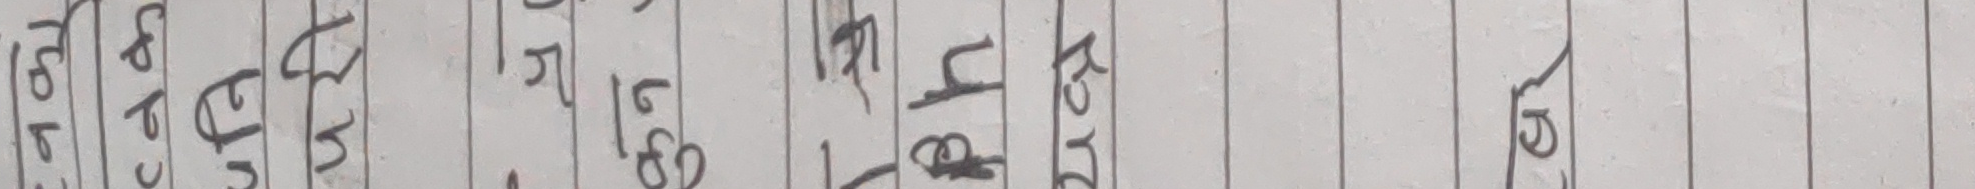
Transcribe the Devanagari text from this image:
हटाउंछ